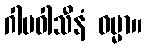
ဂါမဝါသီနံ ဓမ္မာ။